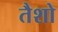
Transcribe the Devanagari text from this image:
तैशो